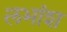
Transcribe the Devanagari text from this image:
लभांश